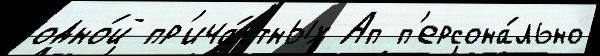
одно́й пр'ича́стных Ап п'ерсона́льно